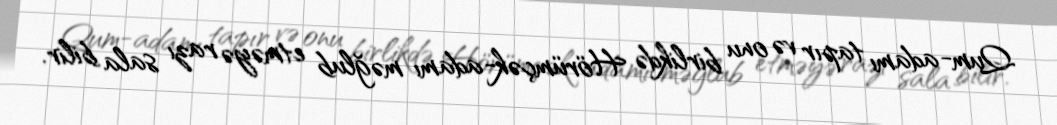
Qum-adamı tapır və onu birlikdə Hörümçək-adamı məğlub etməyə razı sala bilir.